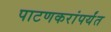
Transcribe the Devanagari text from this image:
पाटणकरांपर्यंत